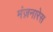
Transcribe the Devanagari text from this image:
मंज़नारेस